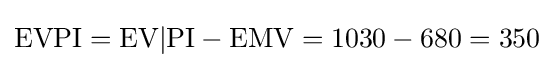
{\mbox{EVPI}}={\mbox{EV}}|{\mbox{PI}}-{\mbox{EMV}}=1030-680=350